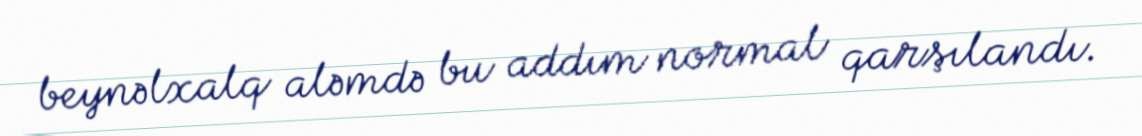
beynəlxalq aləmdə bu addım normal qarşılandı.